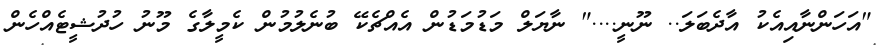
"އަހަންނާއިއެކު އާދެބަލަ.. ނޫނީ...." ނާޔަލް މަޑުމަޑުން އެއްޗެކޭ ބުނެލުމުން ކެމީލާގެ މޫނު ހުދުޝީޓެއްހެން